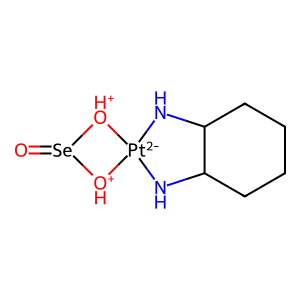
SMILES: O=[Se]1[OH+][Pt-2]2(NC3CCCCC3N2)[OH+]1
Inhibits HIV replication: No